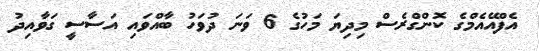
އެފްއޭއެމްގެ ކޮންގްރެސް މިދިޔަ މަހުގެ 6 ވަނަ ދުވަހު ބާއްވައި އަސާސީ ގަވާއިދު